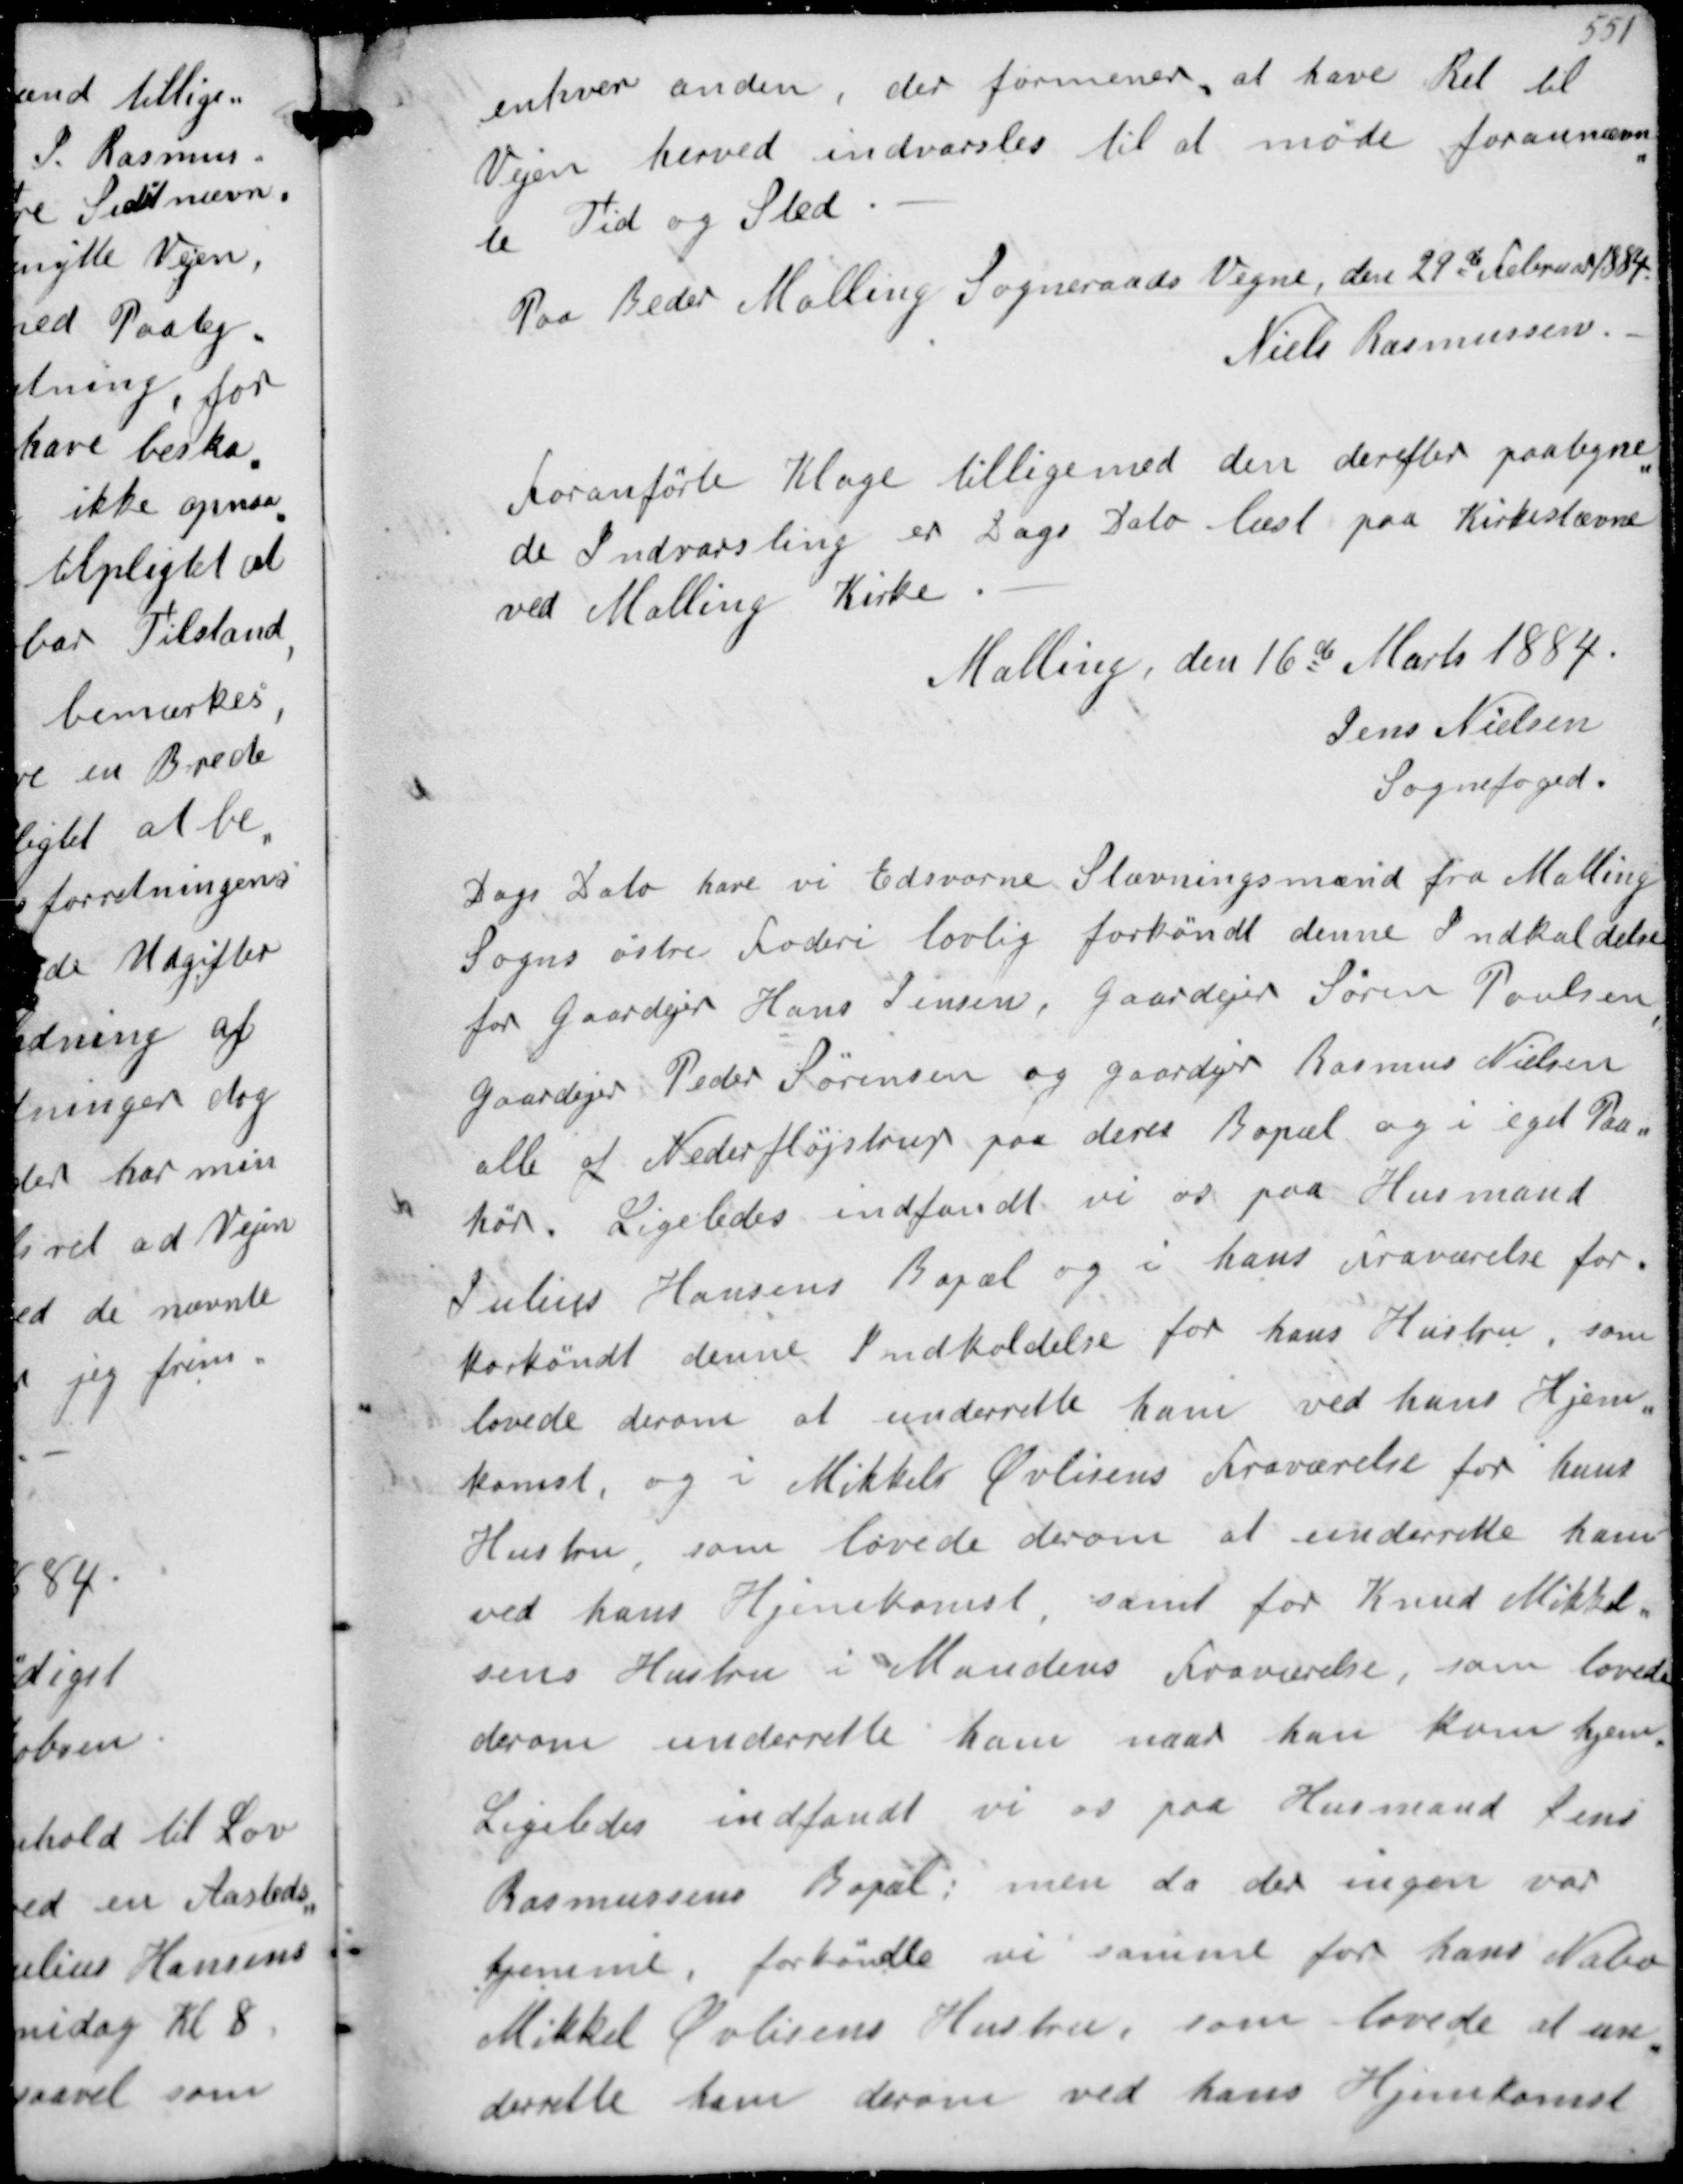
Transskription:
enhver anden, der formener at have Ret til
Vejen herved indvarsles til at møde forannævn-
te Tid og Sted
Paa Beder Malling Sogneraads Vegne, den 29de Februar 1884
Niels Rasmussen

Foranførte Klage tillige med den derefter paategne-
de Indvarsling er Dags Dato læst paa Kirkestævne
ved Malling Kirke
Malling, den 16de Marts 1884
Jens Nielsen
Sognefoged

Dags Dato har vi Edsvorne Stævningsmænd fra Malling
Sogns østre Foderi lovlig forkøndt denne Indkaldelse
for Gaardejer Hans Jensen, GaardejerSøren Poulsen,
GaardejerPederSørensenog Gaardejer Rasmus Nielsen
alle af Nederfløjstrup paa deres Bopæl i eget Paa-
hør. Ligeledes indfandt vi os paa Husmand
Julius Hansens Bopæl og i hans Fraværelse for-
køndt denne Indkaldelse for hans Hustru, som
lovede derom at underrette ham ved hans Hjem-
komst, og i Mikkel Øvlisens Fraværelse for hans
Hustru, som lovede derom at underrette ham
ved hans Hjemkomst, samt for Knud Mikkel-
sens Hustru i Mandens Fraværelse, som lovede
derom underrette ham naar han kom hjem.
Ligeledes indfandt vi os paa Husmand Jens
Rasmussen Bopæl men da der ingen var
hjemme forkøndte vi samme for hans Nabo
Mikkel Øvlisens Hustru, som lovede at un-
derrette ham derom ved hans Hjemkomst